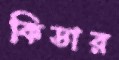
কিডার